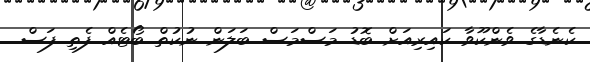
ކެނެޑާގެ ވެންކޫވާ ކައިރިއަށް ބޮޑު މަސްމަސް ބަލަން ނުކުތް ބޯޓެއް ފެތި ފަސް